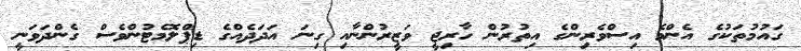
ގައުމުތަކުގެ އެންމެ އިސްވެރިންގެ އިތުރުން ހާރިޖީ ވަޒީރުންނާއި ގިނަ އަދަދެއްގެ ޑިޕްލޮމެޓުންވެސް ގެންދަވަނީ